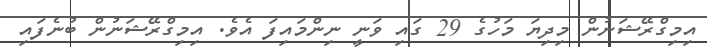
އިމިގްރޭޝަނުން މިދިޔަ މަހުގެ 29 ގައި ވަނީ ނިންމައިފަ އެވެ. އިމިގްރޭޝަނުން ބުނެފައި